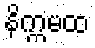
နိက္ကမထ